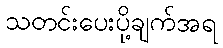
သတင်းပေးပို့ချက်အရ